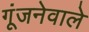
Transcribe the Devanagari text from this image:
गूंजनेवाले